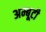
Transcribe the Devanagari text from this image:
अम्बूटी